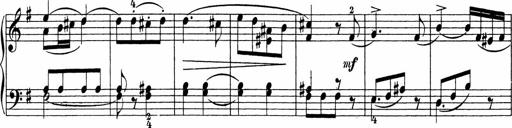
Title: Sonatinen Op.47, 98 und 136, nebst 6 Liedersonatinen
Composer: Carl Reinecke